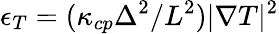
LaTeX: \epsilon_{T}=(\kappa_{cp}\Delta^{2}/L^{2})|\nabla T|^{2}